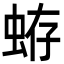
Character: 𧋃